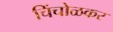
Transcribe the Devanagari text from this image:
चिंचोळकर